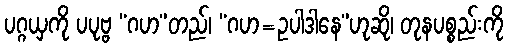
ပဂ္ဂယှကို ပပုဗ္ဗ “ဂဟ”တည်၊ “ဂဟ=ဥပါဒါနေ”ဟုဆို၊ တုနပစ္စည်းကို